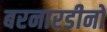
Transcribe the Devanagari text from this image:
बरनारडीनो